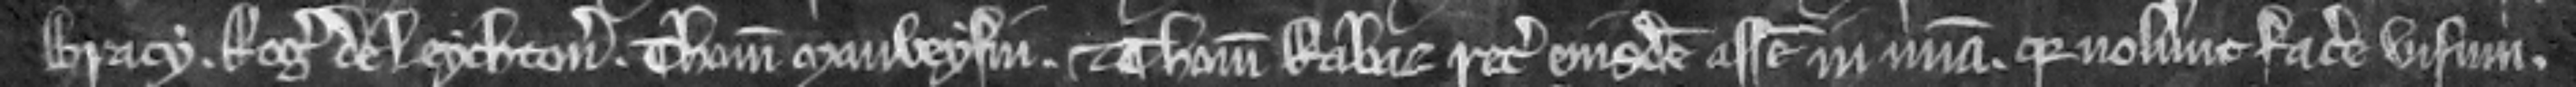
Bracy. Rogerus de Leychton. Thomas Mauveysin. et Thomas Rabaz recognitores ejusdem assise in misericordia. quia noluerunt facere visum.